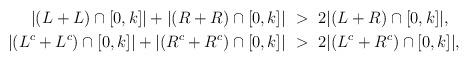
LaTeX: \begin{align*}|(L+L) \cap [0,k]|+|(R+R) \cap [0,k]| & \ >\ 2|(L+R) \cap [0,k]|, \\ |(L^c+L^c) \cap [0,k]|+|(R^c+R^c) \cap [0,k]| & \ >\ 2|(L^c+R^c) \cap [0,k]|, \end{align*}